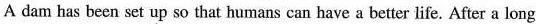
A dam has been set up so that humans can have a better life. After a long